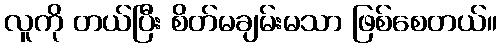
လူကို တယ်ပြီး စိတ်မချမ်းမသာ ဖြစ်စေတယ်။